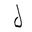
Letter: _lam